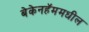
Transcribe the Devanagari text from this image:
बेकेनहॅममधील